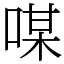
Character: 㖼